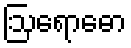
ဩရောဓော